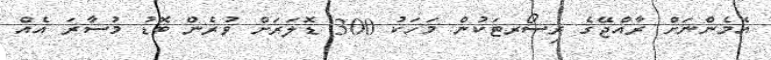
އެމެންނަށް ރާއްޖޭގެ ރިސޯރޓަކުން މަހަކު 300 ޑޮލަރަށް ވުރެން ބޮޑު މުސާރަ އެއް